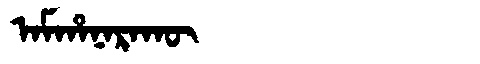
Manchu: ᠠᠮᡥᠠᠨᠠᡵᠠᡴᡡ
Romanization: AMHANARAKŪ